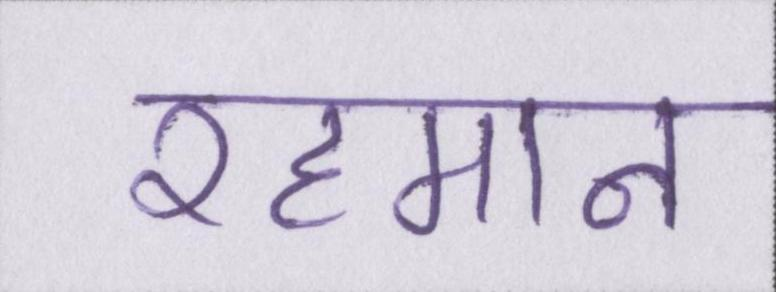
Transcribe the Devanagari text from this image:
रहमान